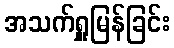
အသက်ရှူမြန်ခြင်း